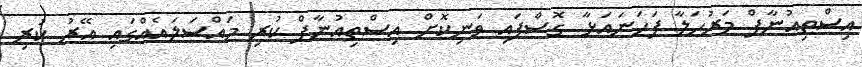
އިސްތިއުނާފް މަރުހަލާ ފަހަނައަޅާ ގޮސްފައި ވަނިކޮށް އިސްތިއުނާފް ކުރި މައްސަލައެއްގައި އޭރު ކުރި